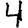
Digit: 4